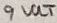
Text: 9 VOLT